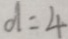
d = 4